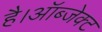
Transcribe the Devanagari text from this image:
है।ऑब्जेक्ट